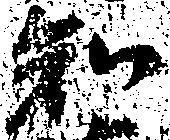
知